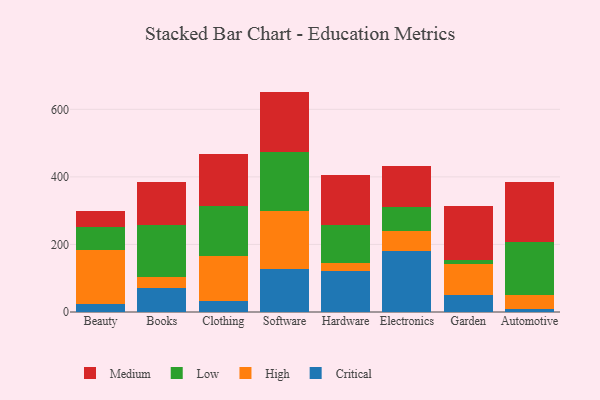
{"axis": {"x": "Category", "y": "Conversion Rate (%)"}, "legend": ["Critical", "High", "Low", "Medium"], "data": [{"x": "Beauty", "y": 23.4, "type": "Critical"}, {"x": "Beauty", "y": 159.6, "type": "High"}, {"x": "Beauty", "y": 69.7, "type": "Low"}, {"x": "Beauty", "y": 45.6, "type": "Medium"}, {"x": "Books", "y": 71.2, "type": "Critical"}, {"x": "Books", "y": 31.8, "type": "High"}, {"x": "Books", "y": 153.3, "type": "Low"}, {"x": "Books", "y": 128.5, "type": "Medium"}, {"x": "Clothing", "y": 32.6, "type": "Critical"}, {"x": "Clothing", "y": 134.3, "type": "High"}, {"x": "Clothing", "y": 147.5, "type": "Low"}, {"x": "Clothing", "y": 153.3, "type": "Medium"}, {"x": "Software", "y": 127.4, "type": "Critical"}, {"x": "Software", "y": 171.3, "type": "High"}, {"x": "Software", "y": 176.0, "type": "Low"}, {"x": "Software", "y": 177.7, "type": "Medium"}, {"x": "Hardware", "y": 122.3, "type": "Critical"}, {"x": "Hardware", "y": 23.5, "type": "High"}, {"x": "Hardware", "y": 112.7, "type": "Low"}, {"x": "Hardware", "y": 146.4, "type": "Medium"}, {"x": "Electronics", "y": 179.4, "type": "Critical"}, {"x": "Electronics", "y": 60.0, "type": "High"}, {"x": "Electronics", "y": 72.8, "type": "Low"}, {"x": "Electronics", "y": 120.7, "type": "Medium"}, {"x": "Garden", "y": 49.5, "type": "Critical"}, {"x": "Garden", "y": 91.5, "type": "High"}, {"x": "Garden", "y": 12.2, "type": "Low"}, {"x": "Garden", "y": 160.0, "type": "Medium"}, {"x": "Automotive", "y": 7.6, "type": "Critical"}, {"x": "Automotive", "y": 42.1, "type": "High"}, {"x": "Automotive", "y": 156.6, "type": "Low"}, {"x": "Automotive", "y": 177.4, "type": "Medium"}]}